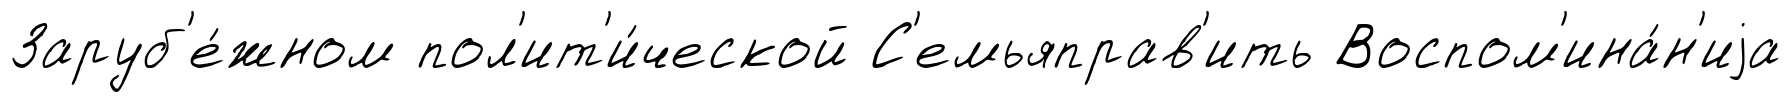
Заруб'е́жном пол'ит'и́ческой С'емьяправ'ить Воспом'ина́н'иjа